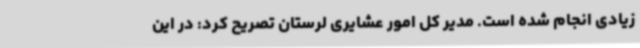
زیادی انجام شده است. مدیر کل امور عشایری لرستان تصریح کرد: در این